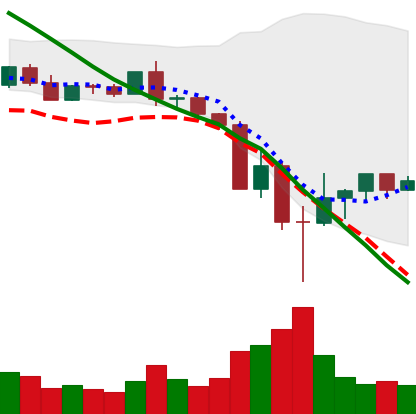
Ticker: BNB-USD
Chart end date: 2022-05-17
Forward return: 4.46%
Label: up_3_5